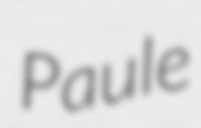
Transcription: Paule